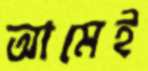
আমেই